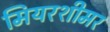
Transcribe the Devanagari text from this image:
मियरशीमर